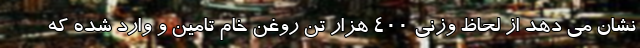
نشان می دهد از لحاظ وزنی ۴۰۰ هزار تن روغن خام تامین و وارد شده که